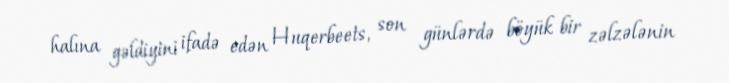
halına gəldiyini ifadə edən Huqerbeets, son günlərdə böyük bir zəlzələnin